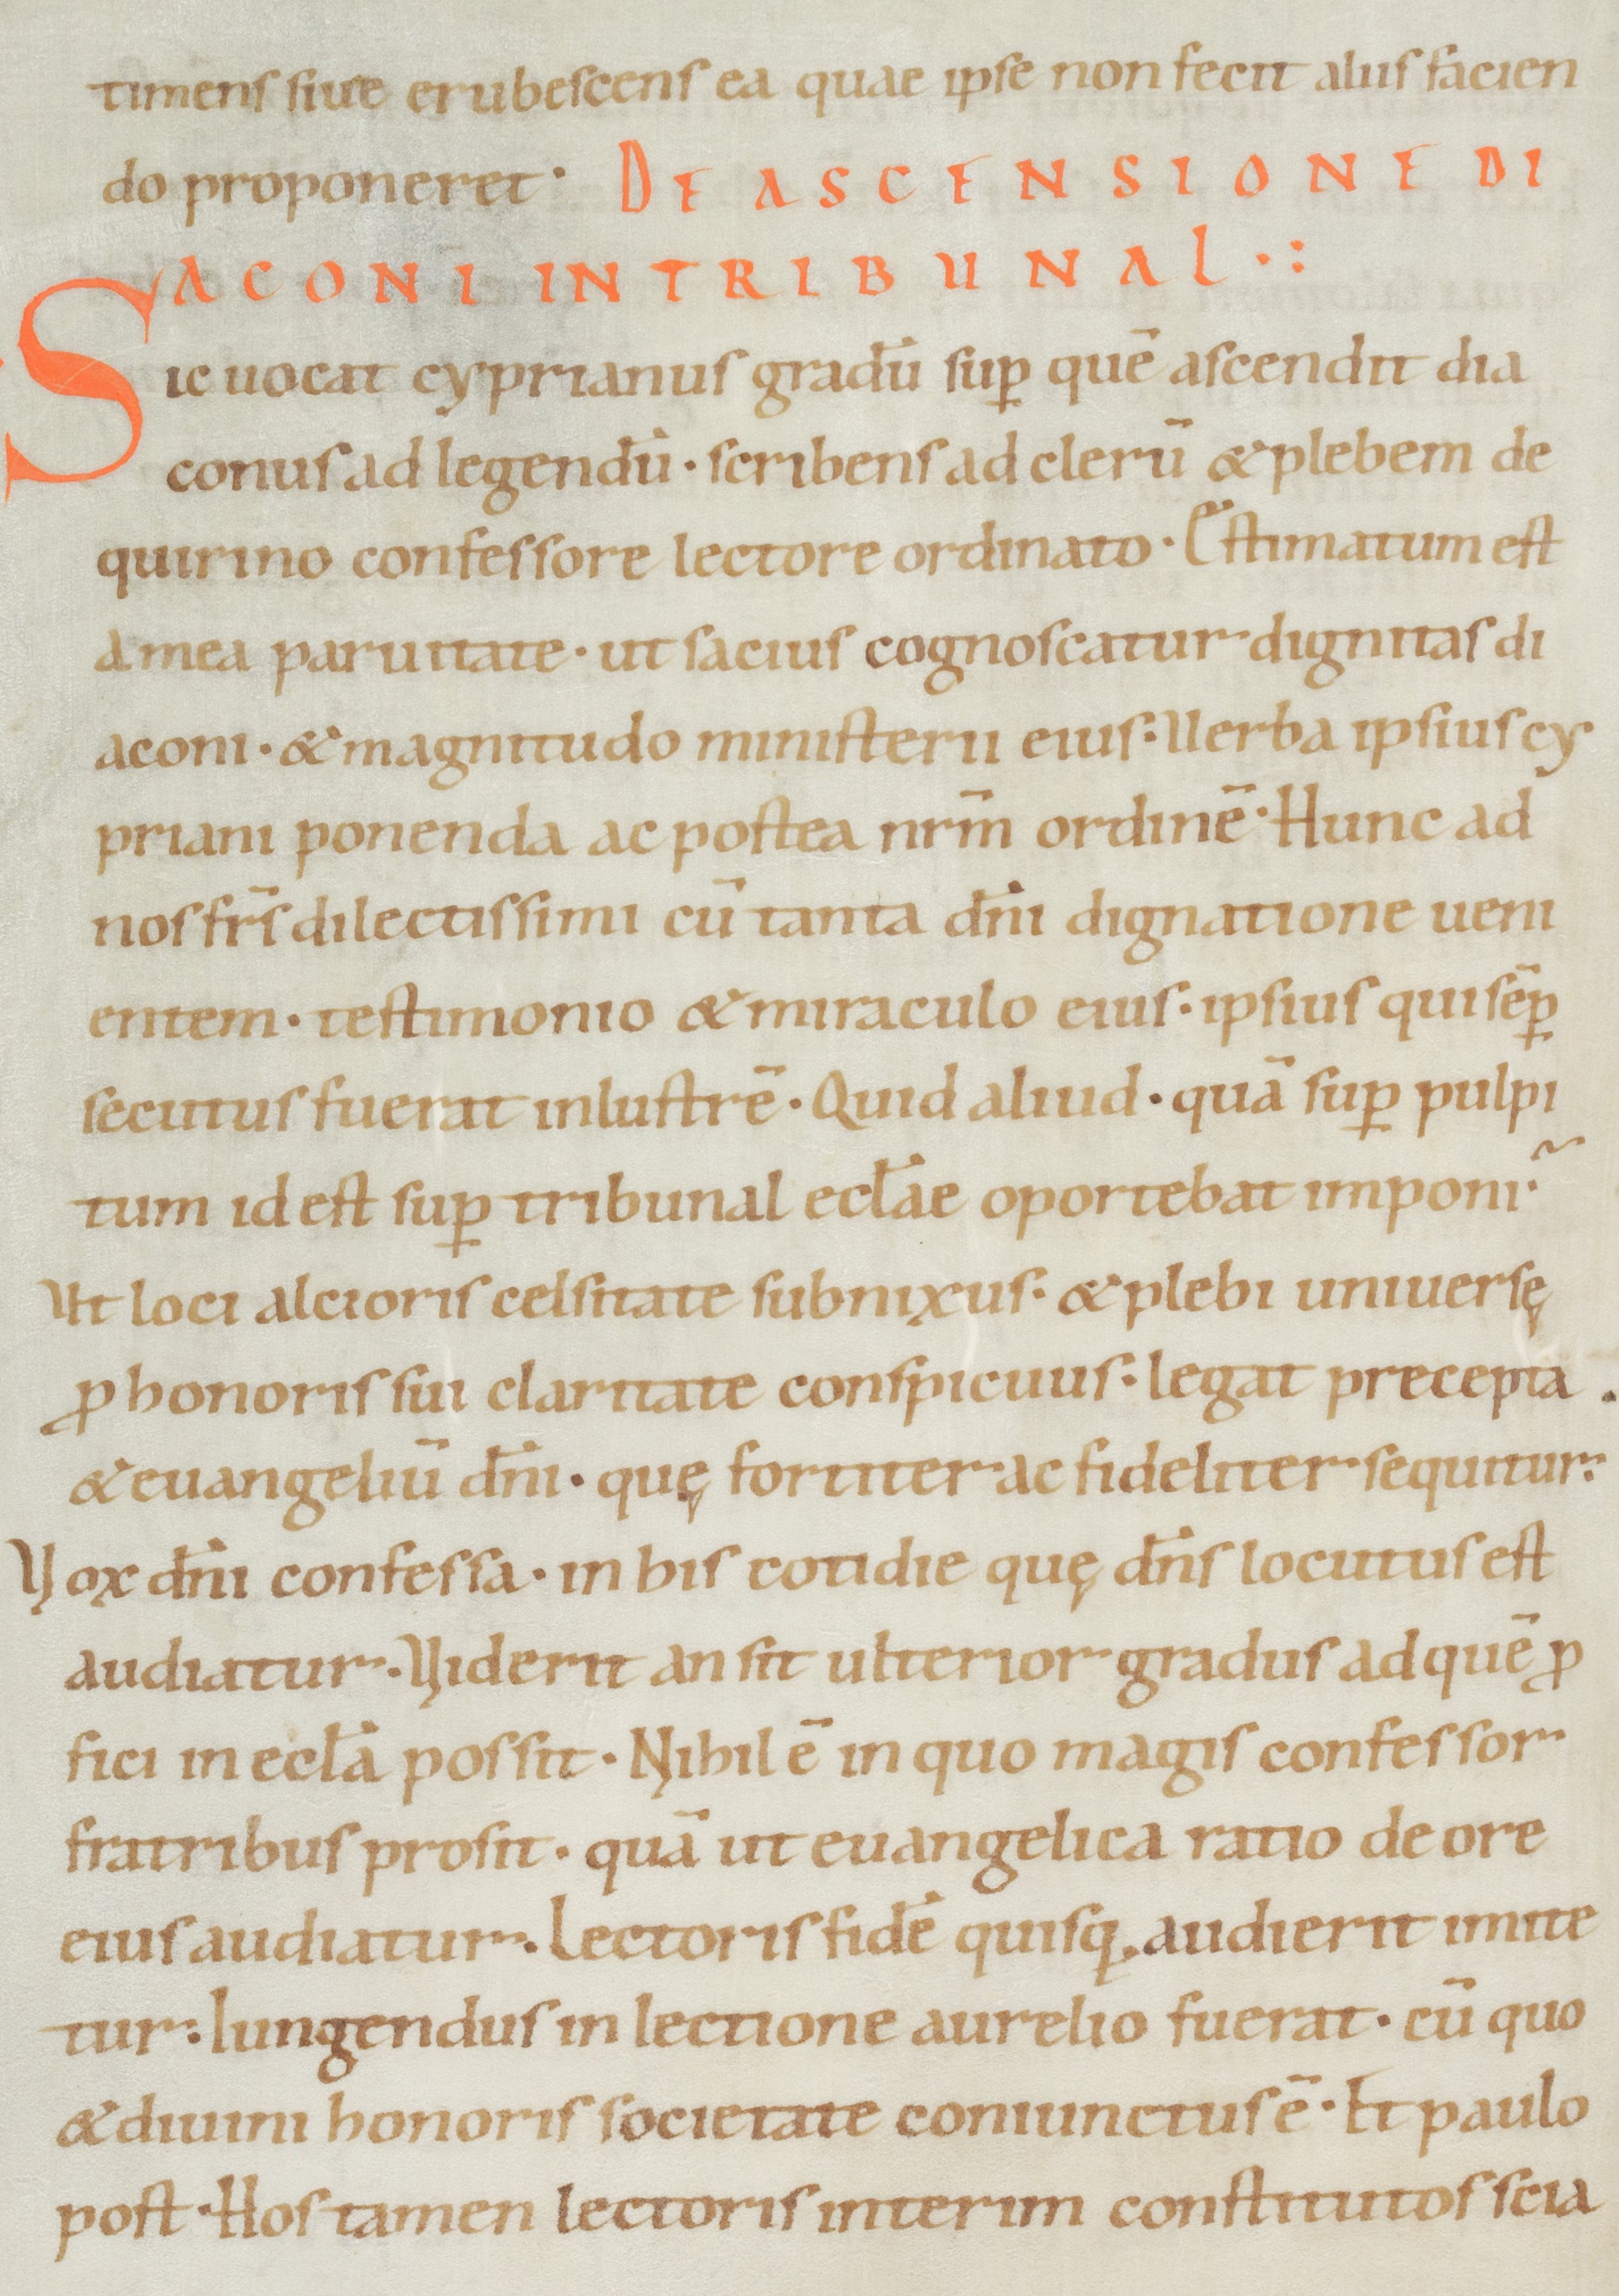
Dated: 1050–1099